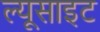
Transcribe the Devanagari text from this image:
ल्यूसाइट